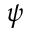
\psi